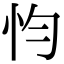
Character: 𢗋